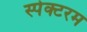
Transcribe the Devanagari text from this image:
स्पेक्टरम